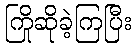
ကြိုဆိုခဲ့ကြပြီး